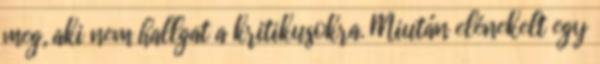
meg, aki nem hallgat a kritikusokra. Miután elénekelt egy